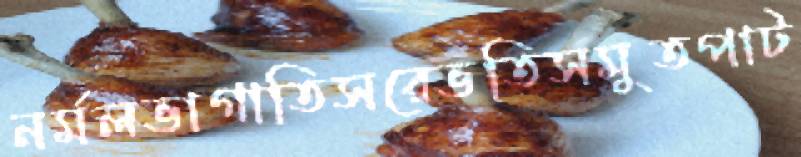
নর্মলভাগাতিসরেভতিসমুতপাট